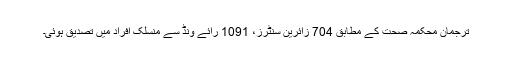
ترجمان محکمہ صحت کے مطابق 704 زائرین سنٹرز، 1091 رائے ونڈ سے منسلک افراد میں تصدیق ہوئی۔